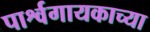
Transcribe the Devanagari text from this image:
पार्श्वगायकाच्या